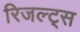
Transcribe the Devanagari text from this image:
रिजल्ट्स